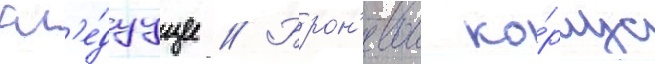
сл'е́дуущее // Брон'евои ко́рпус